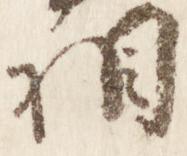
相